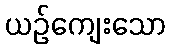
ယဉ်ကျေးသော